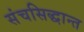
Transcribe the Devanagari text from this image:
संचसिद्धान्त